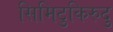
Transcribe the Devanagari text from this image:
सिमिटुकिरुदु